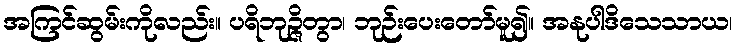
အကြင်ဆွမ်းကိုလည်း။ ပရိဘုဉ္ဇိတွာ၊ ဘုဉ်းပေးတော်မူ၍။ အနုပါဒိသေသာယ၊